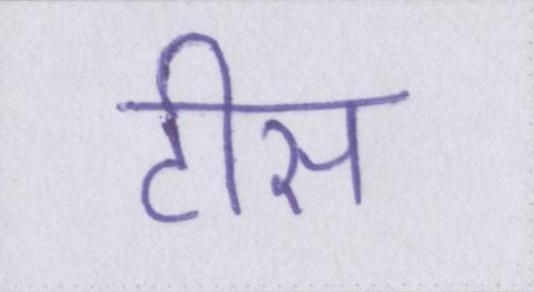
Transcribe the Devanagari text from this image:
टीस